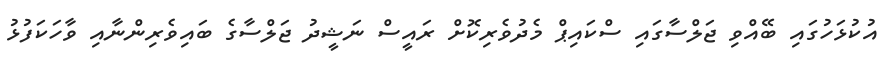
އުކުޅަހުގައި ބޭއްވި ޖަލްސާގައި ސްކައިޕް މެދުވެރިކޮށް ރައީސް ނަޝީދު ޖަލްސާގެ ބައިވެރިންނާއި ވާހަކަފުޅު